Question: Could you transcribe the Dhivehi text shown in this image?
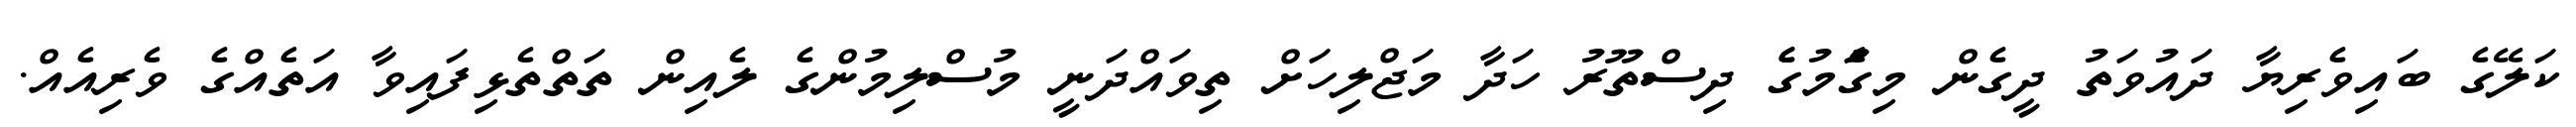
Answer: ކަލޭގެ ބައިވެރިޔާ ދައުވަތު ދީގެން މިގަެުމުގެެ ދިސްތޫރު ހަދާ މަޖްލިހަށް ތިވައްދަނީ މުސްލިމުންގެ ލެއިން ތަތްތެޅިފައިވާ އަތެއްގެ ވެރިއެއް.